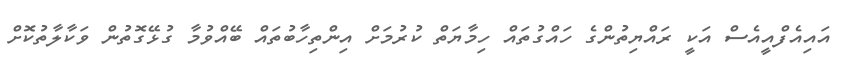
އައިއެފްއީއެސް އަކީ ރައްޔިތުންގެ ހައްގުތައް ހިމާޔަތް ކުރުމަށް އިންތިހާބުތައް ބޭއްވުމާ ގުޅޭގޮތުން ވަކާލާތުކޮށް